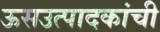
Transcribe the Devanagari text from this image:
ऊसउत्पादकांची